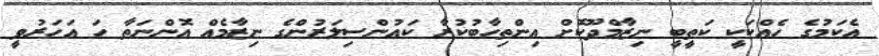
އެކަމުގެ ހެއްކަކީ ކަތީބީ ނިޒާމްދޫކޮށް އިންތިހާބުކުރާ ކައުންސިލަރުންގެ ނިޒާމެއް އޮންނަތާ ހަ އަހަރުވީ